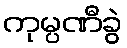
ကုမ္ပဏီခွဲ